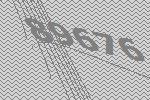
89676